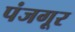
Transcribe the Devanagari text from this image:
पंजगूर